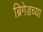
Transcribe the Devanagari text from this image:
ब्रिगेडच्या